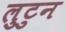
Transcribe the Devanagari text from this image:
लुटुन